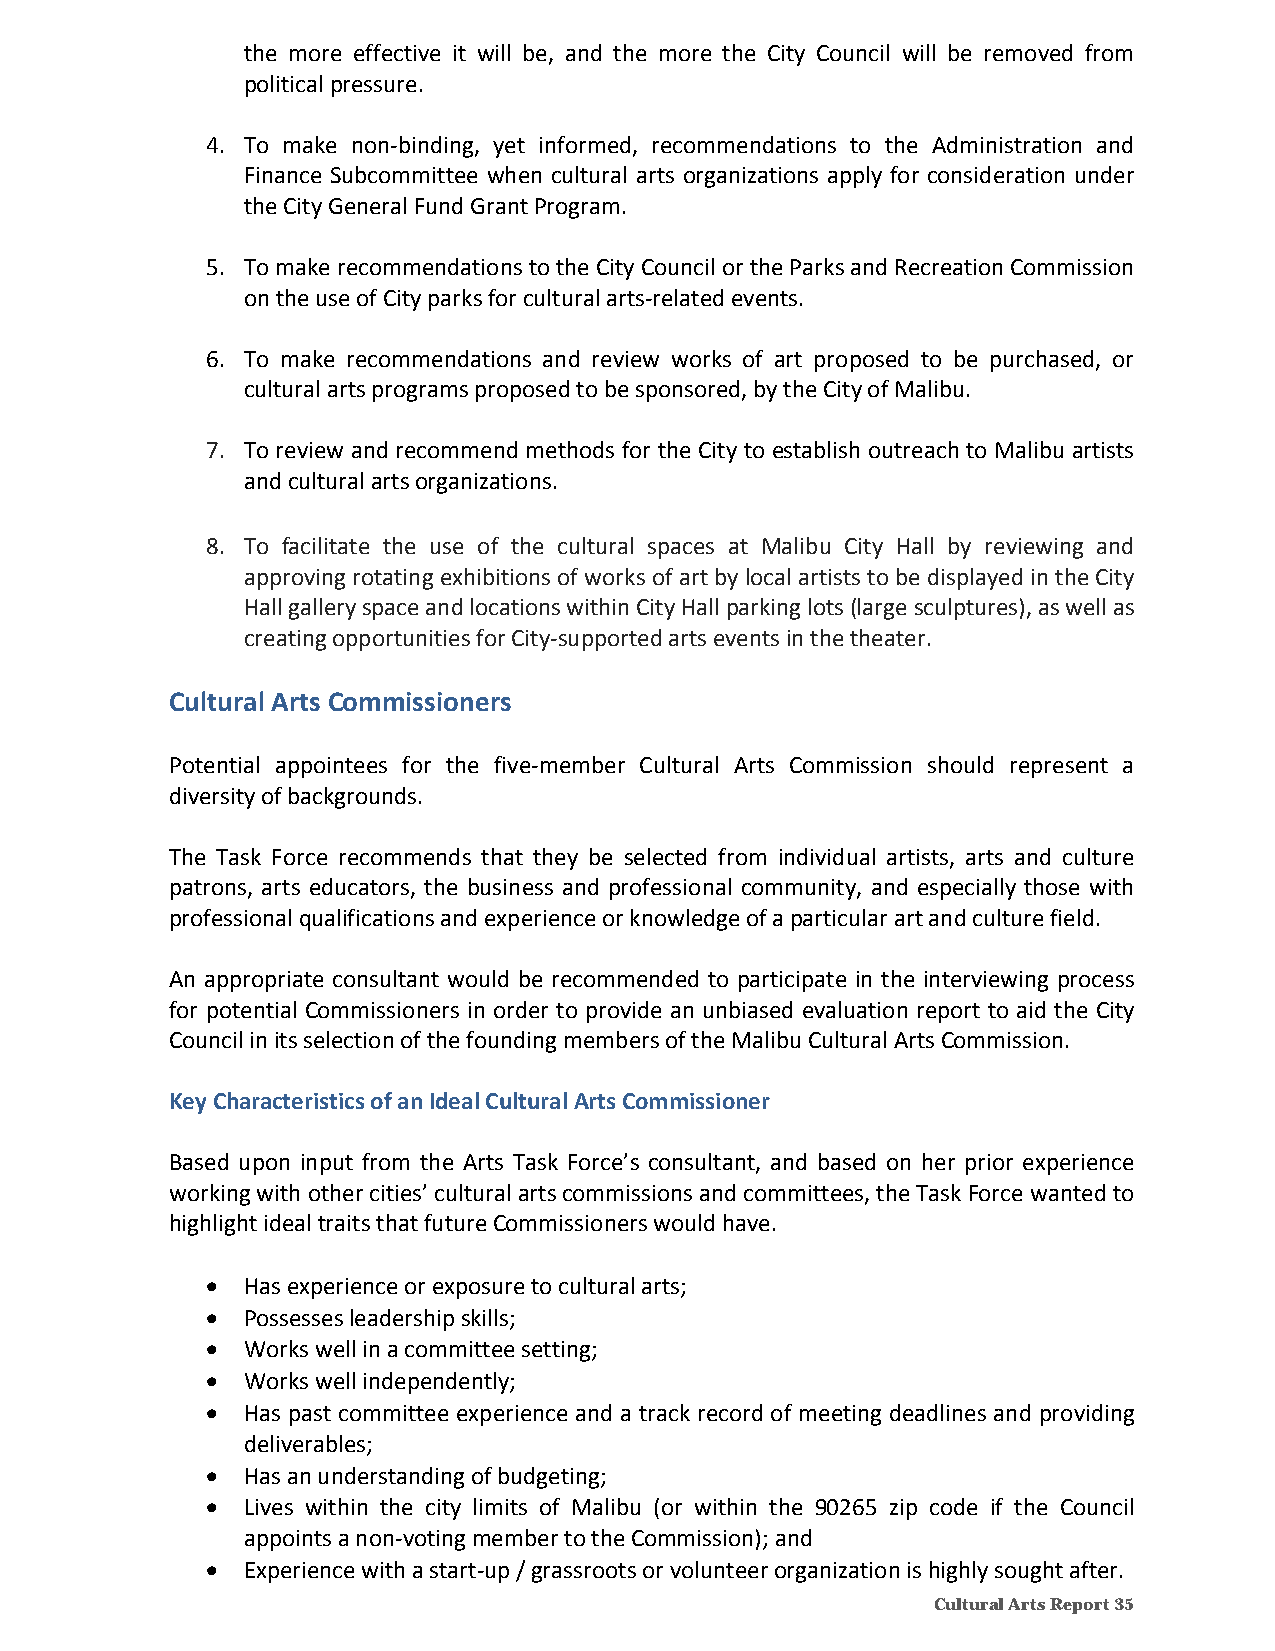
the more effective it will be, and the more the City Council will be removed from
 political pressure.
 4. To make non‐binding, yet informed, recommendations to the Administration and
 Finance Subcommittee when cultural arts organizations apply for consideration under
 the City General Fund Grant Program.
 5. To make recommendations to the City Council or the Parks and Recreation Commission
 on the use of City parks for cultural arts‐related events.
 6. To make recommendations and review works of art proposed to be purchased, or
 cultural arts programs proposed to be sponsored, by the City of Malibu.
 7. To review and recommend methods for the City to establish outreach to Malibu artists
 and cultural arts organizations.
 8. To facilitate the use of the cultural spaces at Malibu City Hall by reviewing and
 approving rotating exhibitions of works of art by local artists to be displayed in the City
 Hall gallery space and locations within City Hall parking lots (large sculptures), as well as
 creating opportunities for City‐supported arts events in the theater.
 Cultural Arts Commissioners
 Potential appointees for the five‐member Cultural Arts Commission should represent a
 diversity of backgrounds.
 The Task Force recommends that they be selected from individual artists, arts and culture
 patrons, arts educators, the business and professional community, and especially those with
 professional qualifications and experience or knowledge of a particular art and culture field.
 An appropriate consultant would be recommended to participate in the interviewing process
 for potential Commissioners in order to provide an unbiased evaluation report to aid the City
 Council in its selection of the founding members of the Malibu Cultural Arts Commission.
 Key Characteristics of an Ideal Cultural Arts Commissioner
 Based upon input from the Arts Task Force’s consultant, and based on her prior experience
 working with other cities’ cultural arts commissions and committees, the Task Force wanted to
 highlight ideal traits that future Commissioners would have.
  Has experience or exposure to cultural arts;
  Possesses leadership skills;
  Works well in a committee setting;
  Works well independently;
  Has past committee experience and a track record of meeting deadlines and providing
 deliverables;
  Has an understanding of budgeting;
  Lives within the city limits of Malibu (or within the 90265 zip code if the Council
 appoints a non‐voting member to the Commission); and
  Experience with a start‐up / grassroots or volunteer organization is highly sought after.
 Cultural Arts Report 35